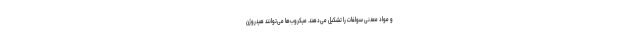
و مواد معدنی سولفات را تشکیل می‌دهند. میکروب‌ها می‌توانند هیدروژن